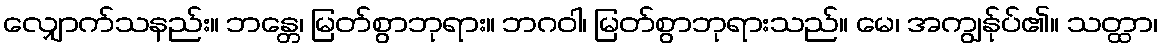
လျှောက်သနည်း။ ဘန္တေ၊ မြတ်စွာဘုရား။ ဘဂဝါ၊ မြတ်စွာဘုရားသည်။ မေ၊ အကျွန်ုပ်၏။ သတ္ထာ၊